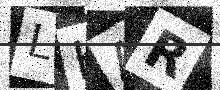
Text: LKAR